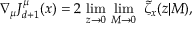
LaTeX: \nabla _ { \mu } J _ { d + 1 } ^ { \mu } ( x ) = 2 \, \operatorname * { l i m } _ { z \rightarrow 0 } \, \operatorname * { l i m } _ { M \rightarrow 0 } \, \, \tilde { \zeta } _ { x } ( z | M ) ,